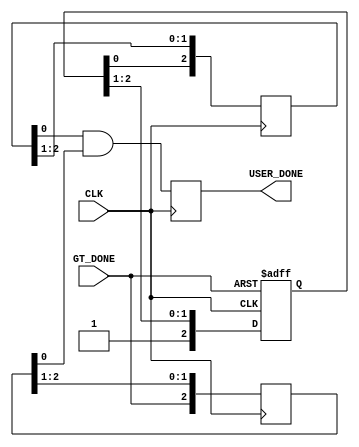
////////////////////////////////////////////////////////////////////////////////
//   ____  ____ 
//  /   /\/   / 
// /___/  \  /    Vendor: Xilinx 
// \   \   \/     Version : 2.6
//  \   \         Application : 7 Series FPGAs Transceivers Wizard 
//  /   /         Filename : gtwizard_v2_6_sync_pulse.v
// /___/   /\     
// \   \  /  \ 
//  \___\/\___\ 
//
//
// Description: Used on signals crossing from faster clock domain
//                     
//
//
// Module gtwizard_v2_6_sync_pulse
// Generated by Xilinx 7 Series FPGAs Transceivers Wizard
// 
// 
// (c) Copyright 2010-2012 Xilinx, Inc. All rights reserved.
// 
// This file contains confidential and proprietary information
// of Xilinx, Inc. and is protected under U.S. and
// international copyright and other intellectual property
// laws.
// 
// DISCLAIMER
// This disclaimer is not a license and does not grant any
// rights to the materials distributed herewith. Except as
// otherwise provided in a valid license issued to you by
// Xilinx, and to the maximum extent permitted by applicable
// law: (1) THESE MATERIALS ARE MADE AVAILABLE "AS IS" AND
// WITH ALL FAULTS, AND XILINX HEREBY DISCLAIMS ALL WARRANTIES
// AND CONDITIONS, EXPRESS, IMPLIED, OR STATUTORY, INCLUDING
// BUT NOT LIMITED TO WARRANTIES OF MERCHANTABILITY, NON-
// INFRINGEMENT, OR FITNESS FOR ANY PARTICULAR PURPOSE; and
// (2) Xilinx shall not be liable (whether in contract or tort,
// including negligence, or under any other theory of
// liability) for any loss or damage of any kind or nature
// related to, arising under or in connection with these
// materials, including for any direct, or any indirect,
// special, incidental, or consequential loss or damage
// (including loss of data, profits, goodwill, or any type of
// loss or damage suffered as a result of any action brought
// by a third party) even if such damage or loss was
// reasonably foreseeable or Xilinx had been advised of the
// possibility of the same.
// 
// CRITICAL APPLICATIONS
// Xilinx products are not designed or intended to be fail-
// safe, or for use in any application requiring fail-safe
// performance, such as life-support or safety devices or
// systems, Class III medical devices, nuclear facilities,
// applications related to the deployment of airbags, or any
// other applications that could lead to death, personal
// injury, or severe property or environmental damage
// (individually and collectively, "Critical
// Applications"). Customer assumes the sole risk and
// liability of any use of Xilinx products in Critical
// Applications, subject only to applicable laws and
// regulations governing limitations on product liability.
// 
// THIS COPYRIGHT NOTICE AND DISCLAIMER MUST BE RETAINED AS
// PART OF THIS FILE AT ALL TIMES. 


`timescale 1 ns/1 ps

module gtwizard_v2_6_sync_pulse #(
  parameter   C_NUM_SRETCH_REGS = 3,
  parameter   C_NUM_SYNC_REGS = 3
)

(
  // User Interface
  output reg      USER_DONE = 0,

  // GT Interface
  input           GT_DONE,

  // Clock and Reset
  input           CLK
);

// ---------------------------------------------------------------------------
// Wire and Register Declaration
// ---------------------------------------------------------------------------
reg  [C_NUM_SRETCH_REGS-1:0]  stretch_r = {C_NUM_SRETCH_REGS{1'b0}};
(* shreg_extract = "no", ASYNC_REG = "TRUE" *) reg  [C_NUM_SYNC_REGS-1:0]    sync1_r = {C_NUM_SYNC_REGS{1'b0}};
(* shreg_extract = "no", ASYNC_REG = "TRUE" *) reg  [C_NUM_SYNC_REGS-1:0]    sync2_r = {C_NUM_SYNC_REGS{1'b0}};


//----------------------------------------------------------------------------
// Stretch GT_DONE Signal
//----------------------------------------------------------------------------
always @(posedge CLK or negedge GT_DONE) begin
  if (~GT_DONE)
    stretch_r <= {C_NUM_SRETCH_REGS{1'b0}};
  else
    stretch_r <= {1'b1, stretch_r[C_NUM_SRETCH_REGS-1:1]};
end

//----------------------------------------------------------------------------
// Synchronizers
//----------------------------------------------------------------------------
always @(posedge CLK) begin
  sync1_r <= {stretch_r[0], sync1_r[C_NUM_SYNC_REGS-1:1]};
end

always @(posedge CLK) begin
  sync2_r <= {GT_DONE, sync2_r[C_NUM_SYNC_REGS-1:1]};
end

//----------------------------------------------------------------------------
// Final Flop Stage with AND of both synchronizers - keeps USER_DONE low 
// when input is low for many cycles...
//----------------------------------------------------------------------------
always @(posedge CLK) begin
  USER_DONE <= sync1_r[0] & sync2_r[0];
end

endmodule